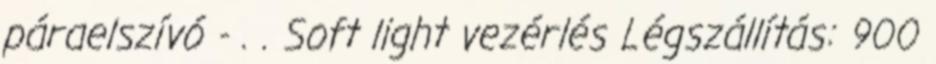
páraelszívó - . . Soft light vezérlés Légszállítás: 900